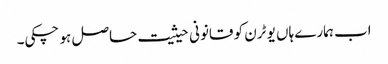
اب ہمارے ہاں یو ٹرن کو قانونی حیثیت حاصل ہو چکی۔